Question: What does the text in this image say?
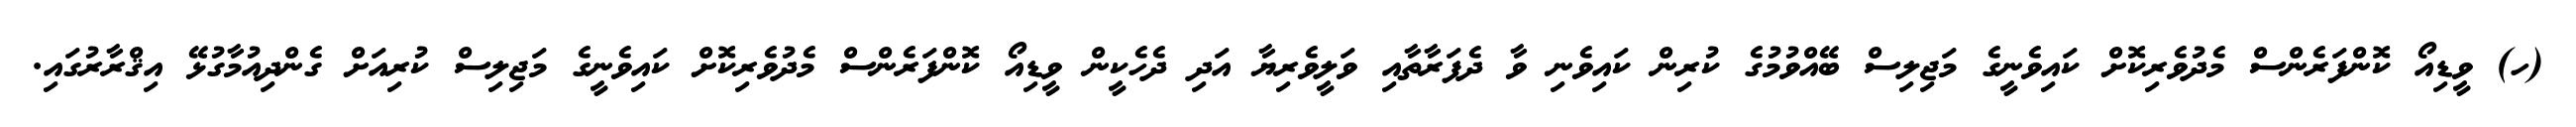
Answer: (ހ) ވީޑިއޯ ކޮންފަރެންސް މެދުވެރިކޮށް ކައިވެނީގެ މަޖިލިސް ބޭއްވުމުގެ ކުރިން ކައިވެނި ވާ ދެފަރާތާއި ވަލީވެރިޔާ އަދި ދެހެކީން ވީޑިއޯ ކޮންފަރެންސް މެދުވެރިކޮށް ކައިވެނީގެ މަޖިލިސް ކުރިއަށް ގެންދިއުމާގުޅޭ އިޤްރާރުގައި.